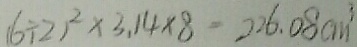
( 6 \div 2 ) ^ { 2 } \times 3 . 1 4 \times 8 = 2 2 6 . 0 8 c m ^ { 3 }